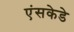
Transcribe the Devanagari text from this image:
एंसकेडे